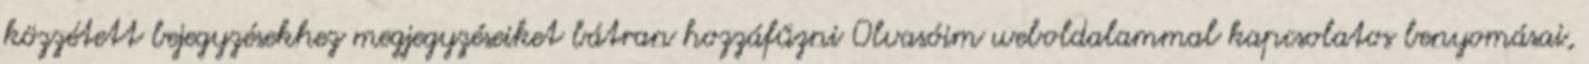
közzétett bejegyzésekhez megjegyzéseiket bátran hozzáfűzni Olvasóim weboldalammal kapcsolatos benyomásai,